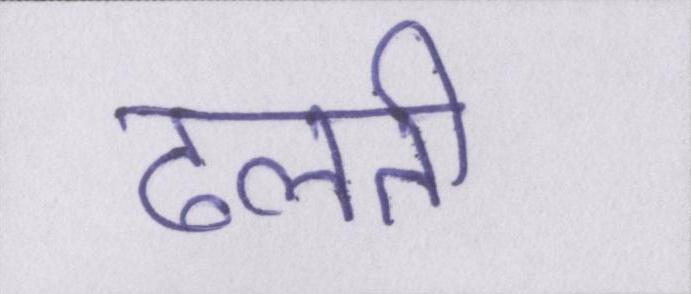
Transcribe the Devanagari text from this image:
ढलती